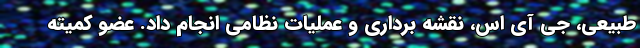
طبیعی، جی آی اس، نقشه برداری و عملیات نظامی انجام داد. عضو کمیته